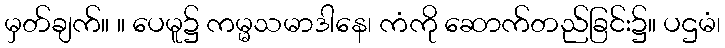
မှတ်ချက်။ ။ ပေမူ၌ ကမ္မသမာဒါနေ၊ ကံကို ဆောက်တည်ခြင်း၌။ ပဌမံ၊